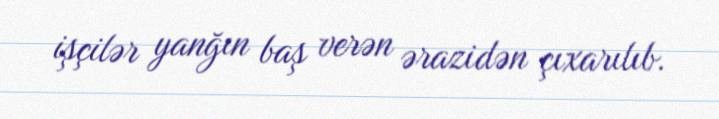
işçilər yanğın baş verən ərazidən çıxarılıb.